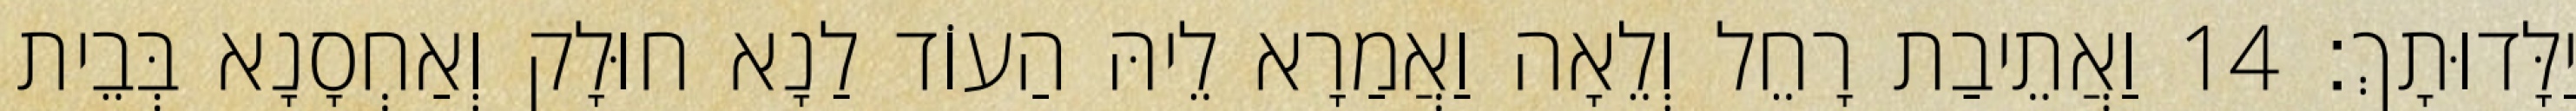
יַלָּדוּתָךְ׃ 14 וַאֲתֵיבַת רָחֵל וְלֵאָה וַאֲמַרָא לֵיהּ הַעוֹד לַנָא חוּלָק וְאַחְסָנָא בְּבֵית